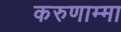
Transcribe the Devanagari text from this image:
करुणाम्मा